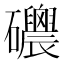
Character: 𥗸